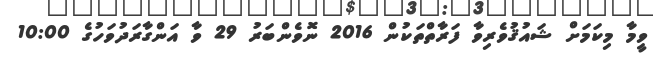
ވީމާ މިކަމަށް ޝައުޤުވެރިވާ ފަރާތްތަކުން 2016 ނޮވެންބަރު 29 ވާ އަންގާރަދުވަހުގެ 10:00